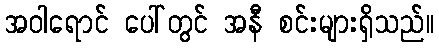
အဝါရောင် ပေါ်တွင် အနီ စင်းများရှိသည်။